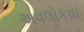
અવલોકવા